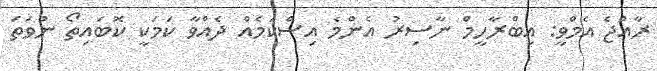
ރާއްޖެ އެމްވީ: އިބްރާހީމް ނާސިރު އެންމެ އިސްކަމެއް ދެއްވާ ކަމަކީ ކޮބައިތޯ ނުވަތަ